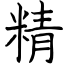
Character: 精